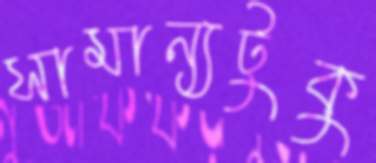
সামান্যটুকু